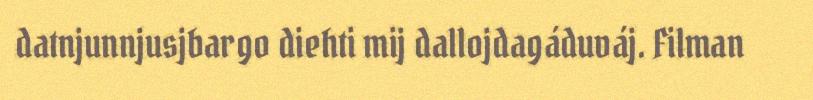
datnjunnjusjbargo diehti mij dallojdagáduváj. Filman